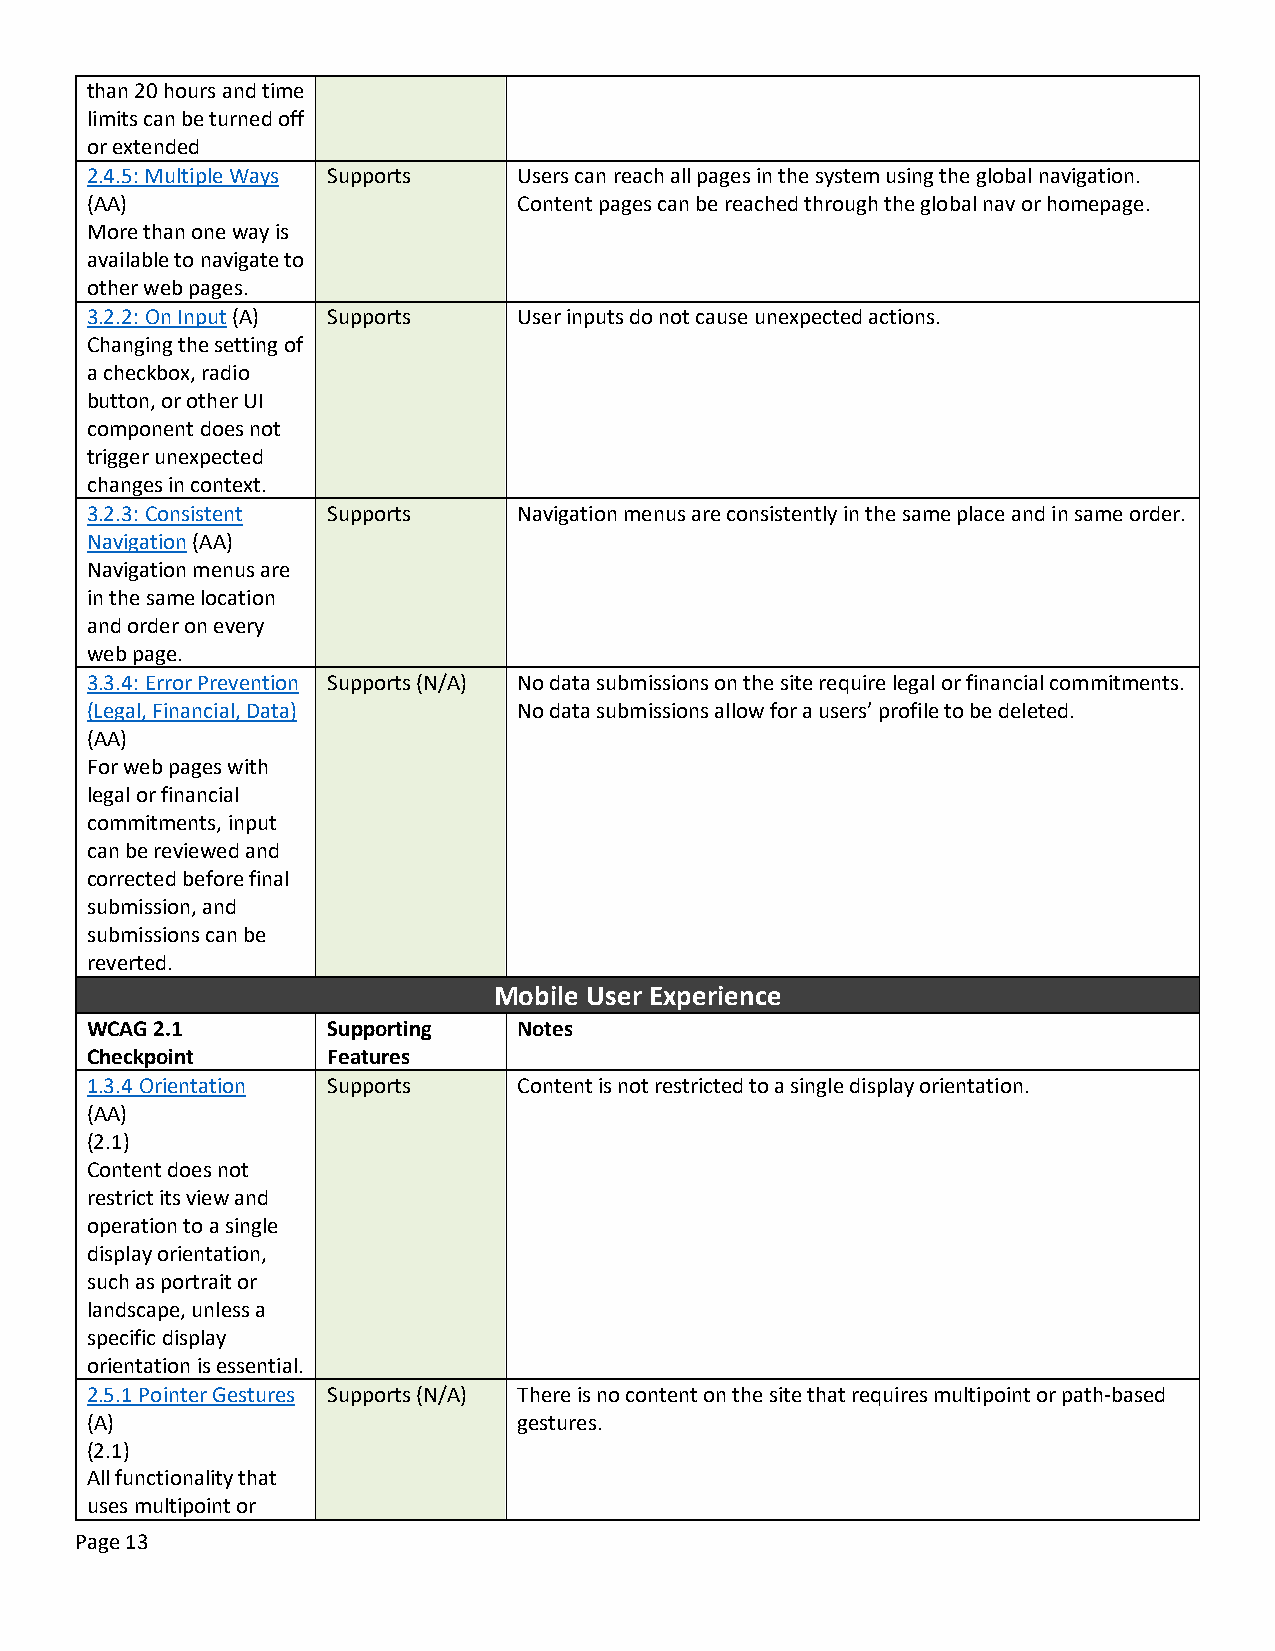
than 20 hours and time
 limits can be turned off
 or extended
 2.4.5: Multiple Ways Supports Users can reach all pages in the system using the global navigation.
 (AA)                        Content pages can be reached through the global nav or homepage.
 More than one way is
 available to navigate to
 other web pages.
 3.2.2: On Input (A) Supports User inputs do not cause unexpected actions.
 Changing the setting of
 a checkbox, radio
 button, or other UI
 component does not
 trigger unexpected
 changes in context.
 3.2.3: Consistent Supports  Navigation menus are consistently in the same place and in same order.
 Navigation (AA)
 Navigation menus are
 in the same location
 and order on every
 web page.
 3.3.4: Error Prevention Supports (N/A) No data submissions on the site require legal or financial commitments.
 (Legal, Financial, Data)    No data submissions allow for a users’ profile to be deleted.
 (AA)
 For web pages with
 legal or financial
 commitments, input
 can be reviewed and
 corrected before final
 submission, and
 submissions can be
 reverted.
 Mobile User Experience
 WCAG 2.1        Supporting  Notes
 Checkpoint      Features
 1.3.4 Orientation Supports  Content is not restricted to a single display orientation.
 (AA)
 (2.1)
 Content does not
 restrict its view and
 operation to a single
 display orientation,
 such as portrait or
 landscape, unless a
 specific display
 orientation is essential.
 2.5.1 Pointer Gestures Supports (N/A) There is no content on the site that requires multipoint or path-based
 (A)                         gestures.
 (2.1)
 All functionality that
 uses multipoint or
 Page 13